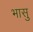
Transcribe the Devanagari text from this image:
भासु